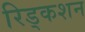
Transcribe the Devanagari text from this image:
रिड्कशन